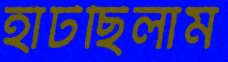
হাঁটছিলাম